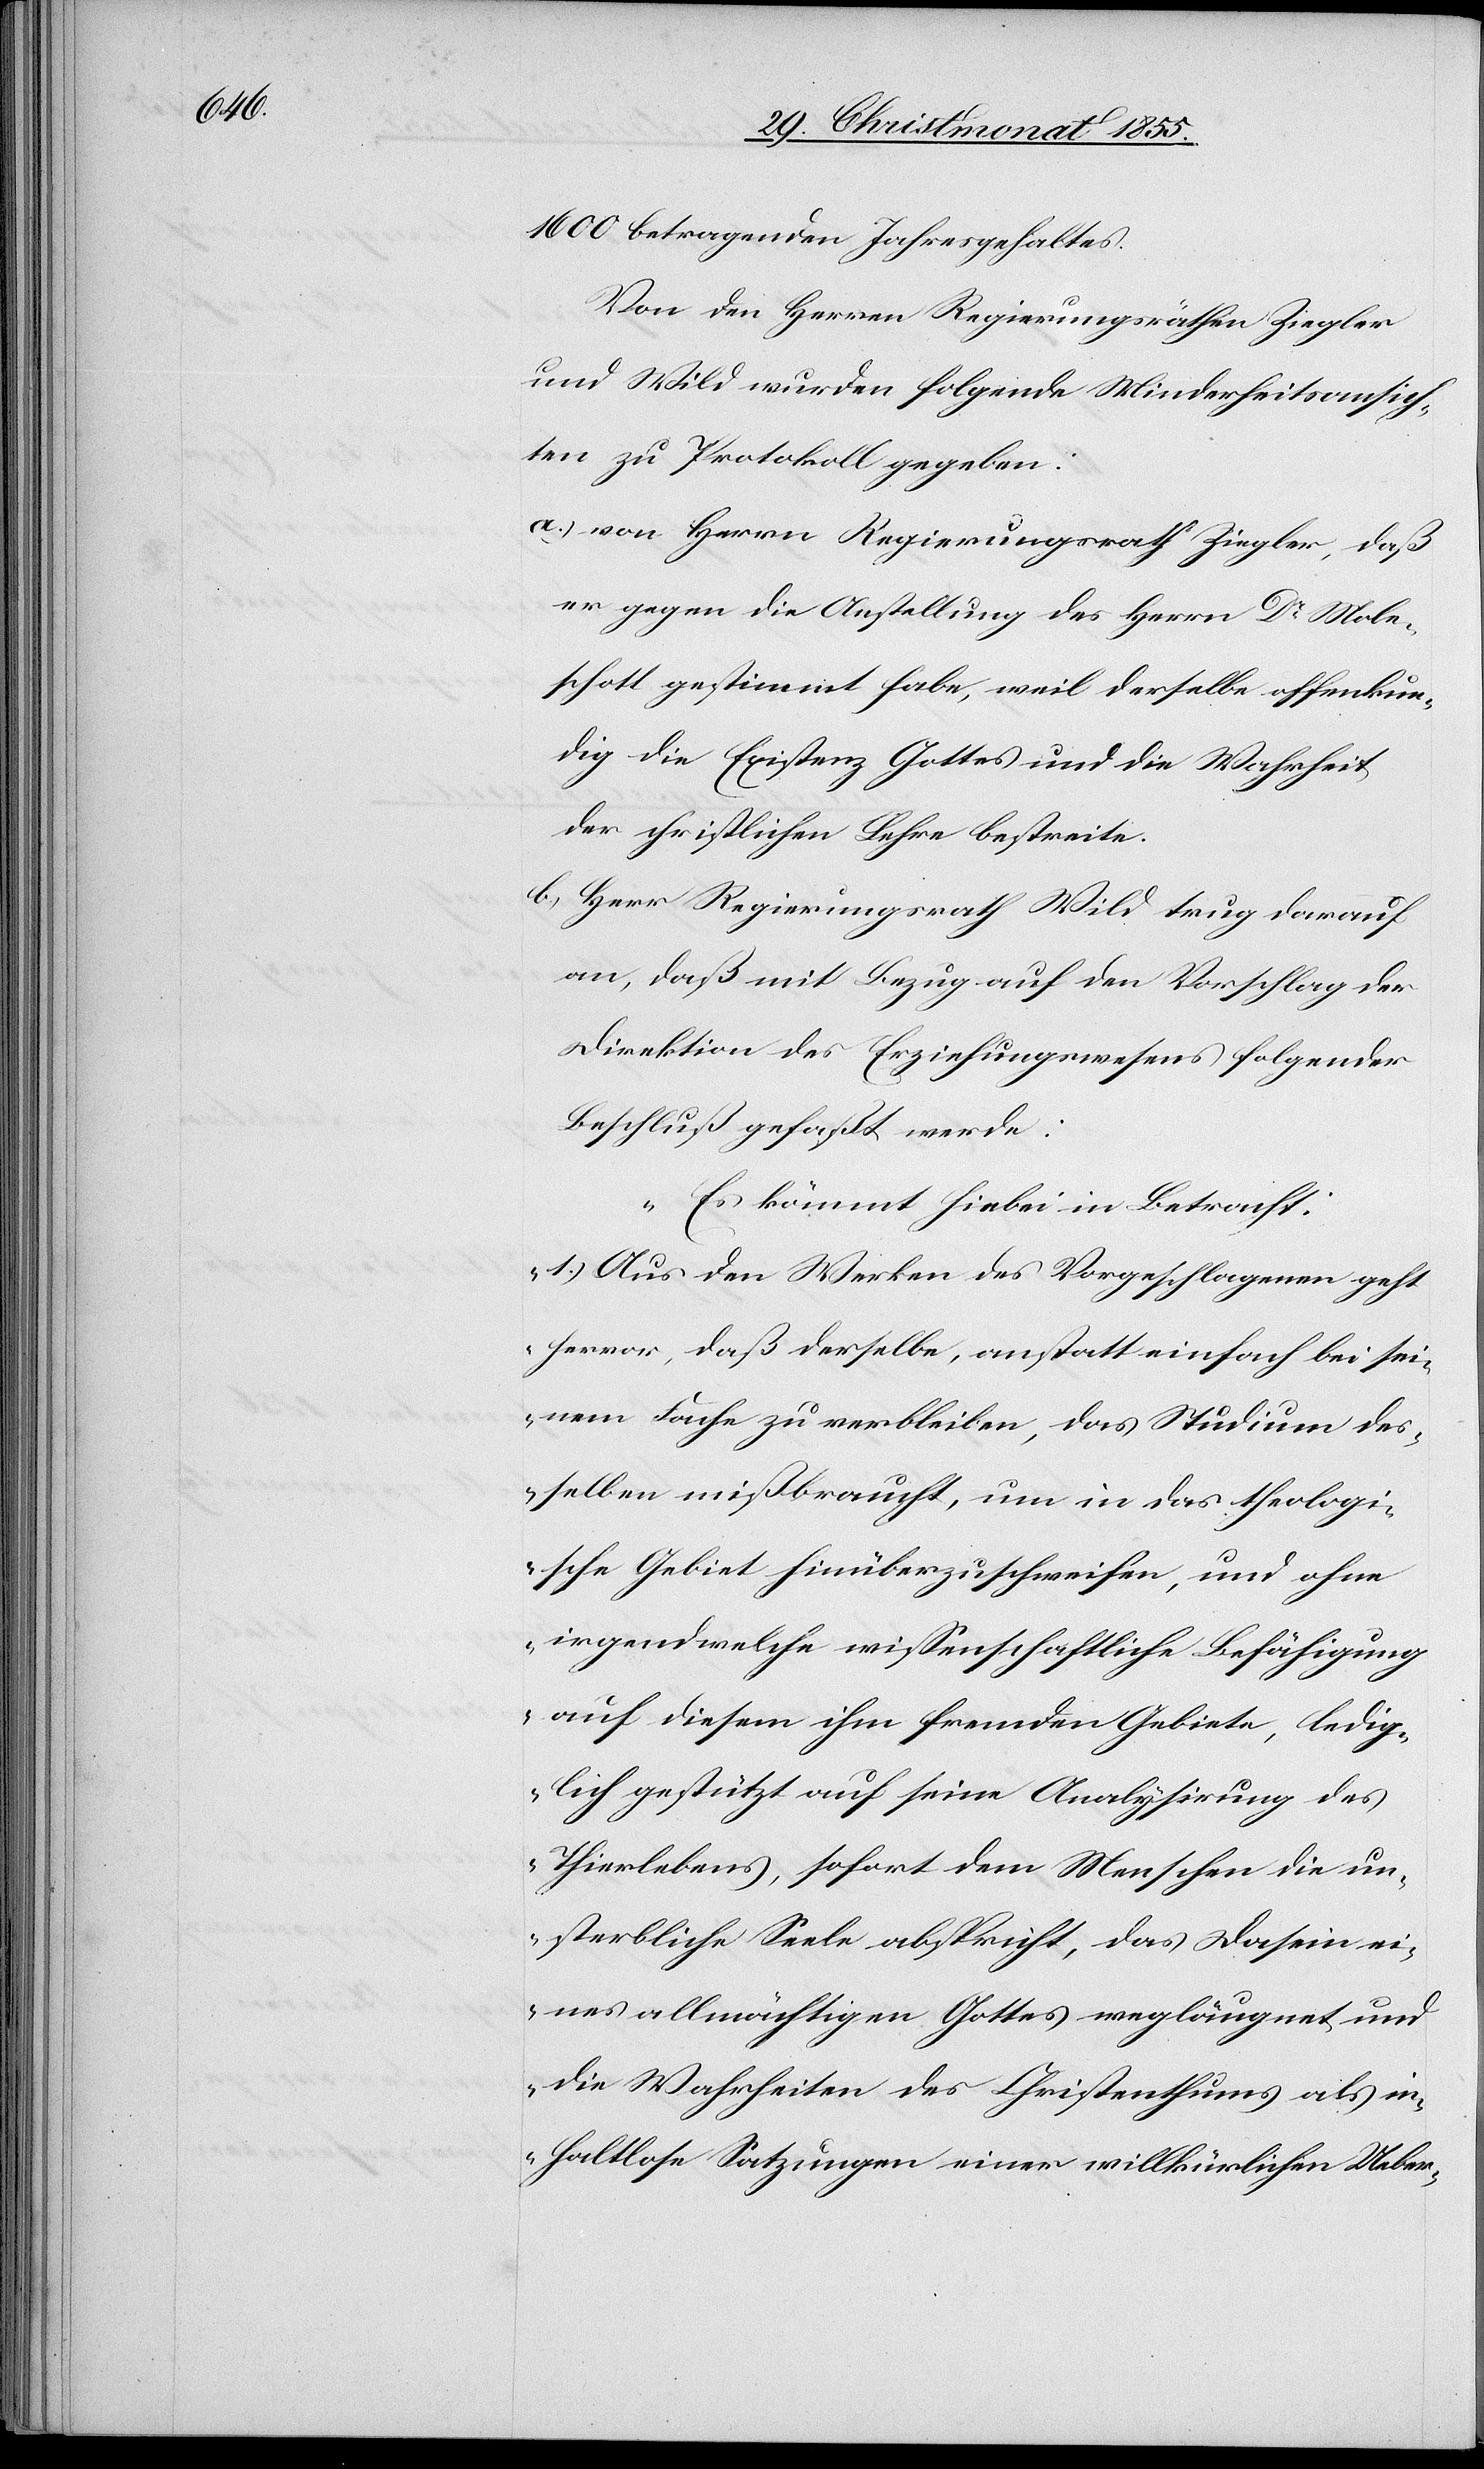
1600 betragenden Jahresgehaltes.
Von den Herren Regierungsräthen Ziegler
und Wild wurden folgende Minderheitsansich¬
ten zu Protokoll gegeben:
von Herrn Regierungsrath Ziegler, daß
er gegen die Anstellung des Herrn Dr Mole¬
schott gestimmt habe, weil derselbe offenkun¬
dig die Existenz Gottes und die Wahrheit
der christlichen Lehre bestreite.
Herr Regierungsrath Wild trug darauf
an, daß mit Bezug auf den Vorschlag der
Direktion des Erziehungswesens folgender
Beschluß gefaßt werde:
„Es kömmt hiebei in Betracht:
1.) Aus den Werken des Vorgeschlagenen geht
hervor, daß derselbe, anstatt einfach bei sei¬
nem Fache zu verbleiben, das Studium des¬
selben mißbraucht, um in das theologi¬
sche Gebiet hinüberzuschweifen, und ohne
irgendwelche wissenschaftliche Befähigung
auf diesem ihm fremden Gebiete, ledig¬
lich gestützt auf seine Analysirung des
Thierlebens, sofort dem Menschen die un¬
sterbliche Seele abspricht, das Dasein ei¬
nes allmächtigen Gottes wegläugnet und
die Wahrheiten des Christenthums als in¬
haltlose Satzungen einer willkürlichen Ueber-